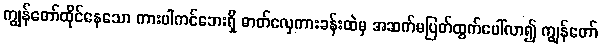
ကျွန်တော်ထိုင်နေသော ကားပါကင်ဘေးရှိ ဓာတ်လှေကားခန်းထဲမှ အဆက်မပြတ်ထွက်ပေါ်လာ၍ ကျွန်တော်